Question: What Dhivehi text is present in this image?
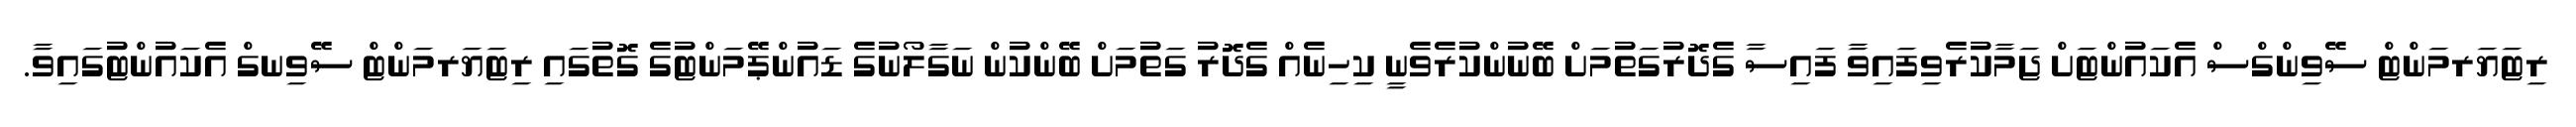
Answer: ރިޓަޔަރމަންޓް ސޭވިންގްސް އެކައުންޓަށް ޖަމާކުރެވިފައިވާ ފައިސާ ގެދޮރުގަތުމަށް ބޭނުންކުރެވެނީ ކިހިނެއް ގެދޮރު ގަތުމަށް ބޭންކުން ނަގާލޯނުގެ ޑައުންޕޭމަންޓުގެ ގޮތުގައި ރިޓަޔަރމަންޓް ސޭވިނގް އެކައުންޓުގައިވާ.